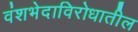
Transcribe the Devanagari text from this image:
वंशभेदाविरोधातील